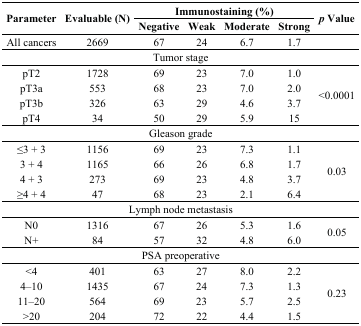
| <ROWSPAN=2> Parameter | <ROWSPAN=2> Evaluable (N) | <COLSPAN=4> Immunostaining (%) | <ROWSPAN=2> p Value |
 | Negative | Weak | Moderate | Strong |
 | --- | --- | --- | --- | --- | --- | --- |
 | All cancers | 2669 | 67 | 24 | 6.7 | 1.7 |  |
 | <COLSPAN=7> Tumor stage |
 | pT2 | 1728 | 69 | 23 | 7.0 | 1.0 | <ROWSPAN=4> <0.0001 |
 | pT3a | 553 | 68 | 23 | 7.0 | 2.0 |
 | pT3b | 326 | 63 | 29 | 4.6 | 3.7 |
 | pT4 | 34 | 50 | 29 | 5.9 | 15 |
 | <COLSPAN=7> Gleason grade |
 | ≤3 + 3 | 1156 | 69 | 23 | 7.3 | 1.1 | <ROWSPAN=4> 0.03 |
 | 3 + 4 | 1165 | 66 | 26 | 6.8 | 1.7 |
 | 4 + 3 | 273 | 69 | 23 | 4.8 | 3.7 |
 | ≥4 + 4 | 47 | 68 | 23 | 2.1 | 6.4 |
 | <COLSPAN=7> Lymph node metastasis |
 | N0 | 1316 | 67 | 26 | 5.3 | 1.6 | <ROWSPAN=2> 0.05 |
 | N+ | 84 | 57 | 32 | 4.8 | 6.0 |
 | <COLSPAN=7> PSA preoperative |
 | <4 | 401 | 63 | 27 | 8.0 | 2.2 | <ROWSPAN=4> 0.23 |
 | 4–10 | 1435 | 67 | 24 | 7.3 | 1.3 |
 | 11–20 | 564 | 69 | 23 | 5.7 | 2.5 |
 | >20 | 204 | 72 | 22 | 4.4 | 1.5 |